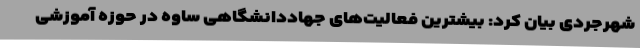
شهرجردی بیان کرد: بیشترین فعالیت‌های جهاددانشگاهی ساوه در حوزه آموزشی